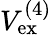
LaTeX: V_{\mathrm{ex}}^{(4)}